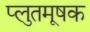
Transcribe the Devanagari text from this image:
प्लुतमूषक